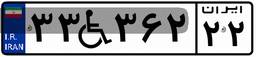
۳۷W۸۶۵۲۸